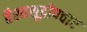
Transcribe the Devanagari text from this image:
वैश्यशूद्रोपचार